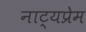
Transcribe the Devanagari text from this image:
नाट्यप्रेम